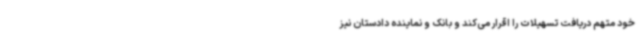
خود متهم دریافت تسهیلات را اقرار می‌کند و بانک و نماینده دادستان نیز